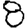
Digit: 8